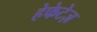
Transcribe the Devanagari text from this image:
हेफेटेज़